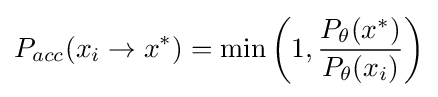
P_{acc}(x_{i}\to x^{*})=\min \left(1,{\frac {P_{\theta }(x^{*})}{P_{\theta }(x_{i})}}\right)